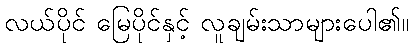
လယ်ပိုင် မြေပိုင်နှင့် လူချမ်းသာများပေါ၏။